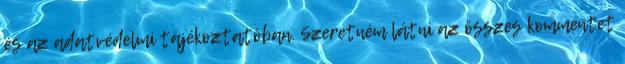
és az adatvédelmi tájékoztatóban. Szeretném látni az összes kommentet